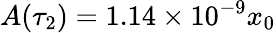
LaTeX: A(\tau_{2})=1.14\times 10^{-9}x_{0}